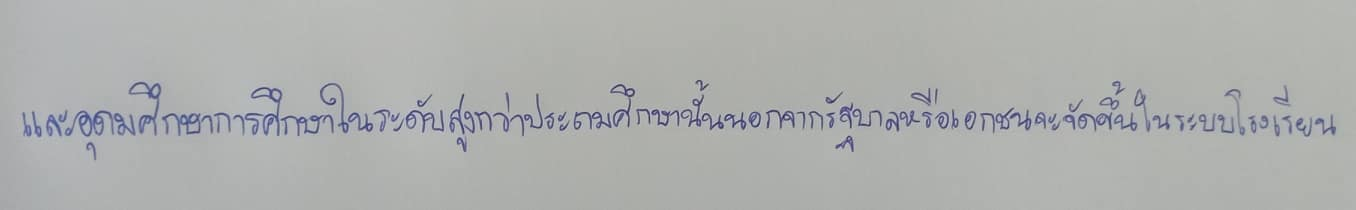
และอุดมศึกษาการศึกษาในระดับสูงกว่าประถมศึกษานั้นนอกจากรัฐบาลหรือเอกชนจะจัดขึ้นในระบบโรงเรียน